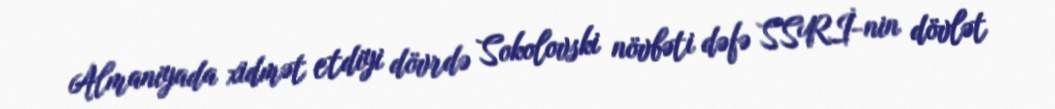
Almaniyada xidmət etdiyi dövrdə Sokolovski növbəti dəfə SSRİ-nin dövlət